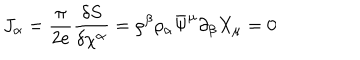
LaTeX: J _ { \alpha } = \frac { \pi } { 2 e } \frac { \delta S } { \delta \chi ^ { \alpha } } = \rho ^ { \beta } \rho _ { \alpha } \bar { \Psi } ^ { \mu } \partial _ { \beta } X _ { \mu } = 0